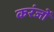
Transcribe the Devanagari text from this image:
करंजों